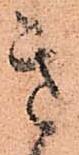
き